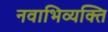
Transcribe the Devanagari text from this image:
नवाभिव्यक्ति